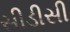
સીડીસી